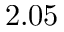
2 . 0 5